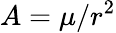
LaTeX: A=\mu/r^{2}